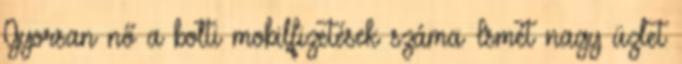
Gyorsan nő a bolti mobilfizetések száma Ismét nagy üzlet